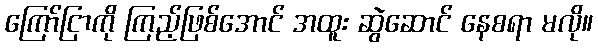
ကြော်ငြာကို ကြည့်ဖြစ်အောင် အထူး ဆွဲဆောင် နေစရာ မလို။